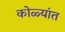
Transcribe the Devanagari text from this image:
कोळ्यांत